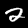
Digit: 2